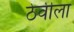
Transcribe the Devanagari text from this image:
ठेवीला